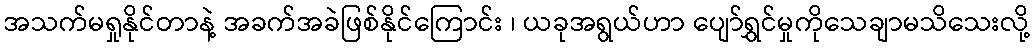
အသက်မရှုနိုင်တာနဲ့ အခက်အခဲဖြစ်နိုင်ကြောင်း ၊ ယခုအရွယ်ဟာ ပျော်ရွှင်မှုကိုသေချာမသိသေးလို့